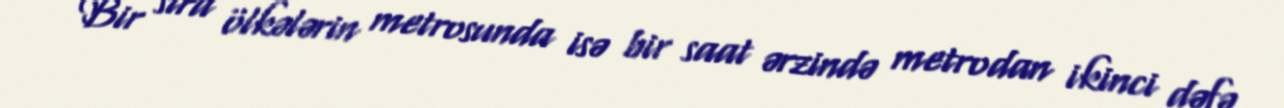
Bir sıra ölkələrin metrosunda isə bir saat ərzində metrodan ikinci dəfə